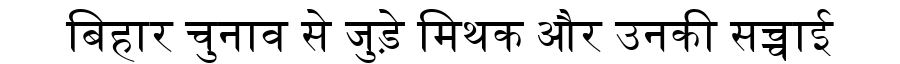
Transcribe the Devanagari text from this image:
बिहार चुनाव से जुड़े मिथक और उनकी सच्चाई